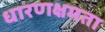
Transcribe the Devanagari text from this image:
धारणक्षमता